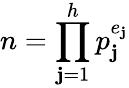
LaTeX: n=\prod_{\mathbf{j}=1}^{h}p_{\mathbf{j}}^{e_{\mathbf{j}}}